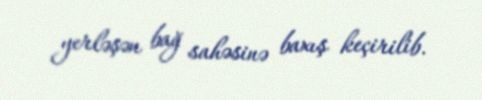
yerləşən bağ sahəsinə baxış keçirilib.